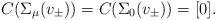
LaTeX: \begin{align*} C(\Sigma_\mu(v_\pm))=C(\Sigma_0(v_\pm))=[0].\end{align*}